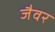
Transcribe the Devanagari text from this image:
जैवर